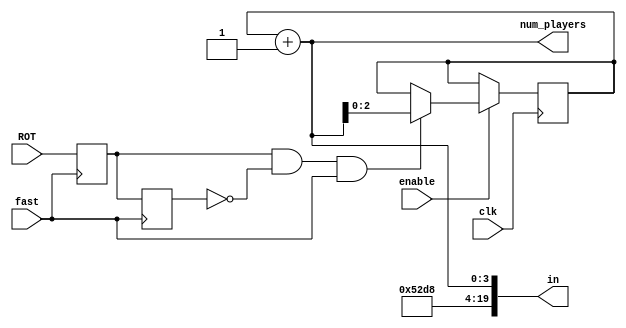
module initialize(
	input clk,
	input enable,
	input ROT,
	input fast,
	output [3:0] num_players,
	output [19:0] in
    );
	
	reg ROT_d;
	reg ROT_dd;
	reg [2:0] num = 3'b0;
	reg [3:0] num_players;
	reg [19:0] in;
	
	initial begin
		in[19:15] = 5'd10; // s
		in[14:10] = 5'd11; // e
		in[9:5] = 5'd12; // t
	end
	
	always @ (posedge fast) begin
        ROT_dd <= ROT_d;
        ROT_d <= ROT;
    end

    always @ (posedge clk) begin
		if (enable) begin
			if (ROT_d && !ROT_dd && fast == 1) begin
				num <= num + 1;
			end	
		end
	end
	
	always @* begin
		num_players = num + 1;
		in[4:0] = {0,num_players};
	end
	
endmodule